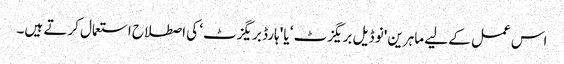
اس عمل کے لیے ماہرین 'نو ڈیل بریگزٹ‘ یا 'ہارڈ بریگزٹ‘ کی اصطلاح استعمال کرتے ہیں۔